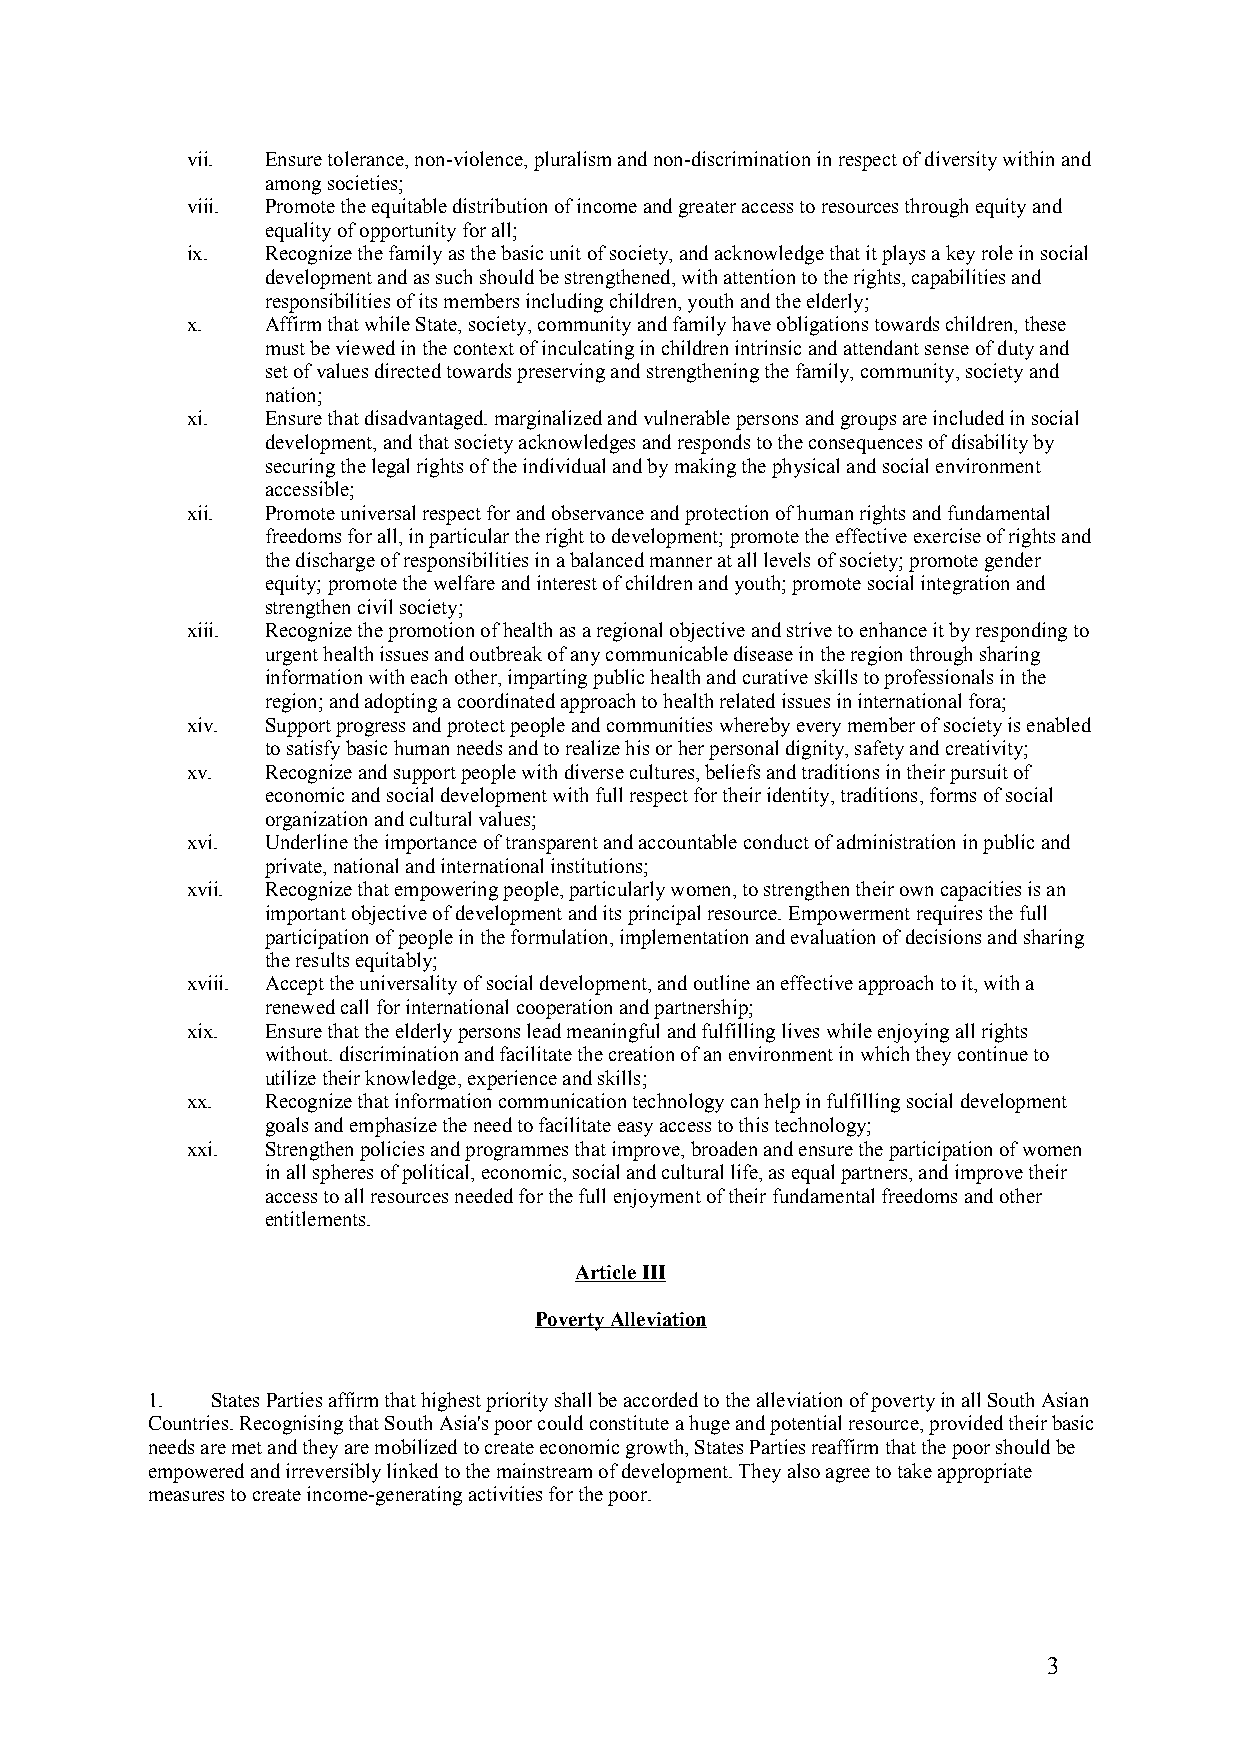
vii.  Ensure tolerance, non-violence, pluralism and non-discrimination in respect of diversity within and
 among societies;
 viii. Promote the equitable distribution of income and greater access to resources through equity and
 equality of opportunity for all;
 ix.   Recognize the family as the basic unit of society, and acknowledge that it plays a key role in social
 development and as such should be strengthened, with attention to the rights, capabilities and
 responsibilities of its members including children, youth and the elderly;
 x.    Affirm that while State, society, community and family have obligations towards children, these
 must be viewed in the context of inculcating in children intrinsic and attendant sense of duty and
 set of values directed towards preserving and strengthening the family, community, society and
 nation;
 xi.   Ensure that disadvantaged. marginalized and vulnerable persons and groups are included in social
 development, and that society acknowledges and responds to the consequences of disability by
 securing the legal rights of the individual and by making the physical and social environment
 accessible;
 xii.  Promote universal respect for and observance and protection of human rights and fundamental
 freedoms for all, in particular the right to development; promote the effective exercise of rights and
 the discharge of responsibilities in a balanced manner at all levels of society; promote gender
 equity; promote the welfare and interest of children and youth; promote social integration and
 strengthen civil society;
 xiii. Recognize the promotion of health as a regional objective and strive to enhance it by responding to
 urgent health issues and outbreak of any communicable disease in the region through sharing
 information with each other, imparting public health and curative skills to professionals in the
 region; and adopting a coordinated approach to health related issues in international fora;
 xiv.  Support progress and protect people and communities whereby every member of society is enabled
 to satisfy basic human needs and to realize his or her personal dignity, safety and creativity;
 xv.   Recognize and support people with diverse cultures, beliefs and traditions in their pursuit of
 economic and social development with full respect for their identity, traditions, forms of social
 organization and cultural values;
 xvi.  Underline the importance of transparent and accountable conduct of administration in public and
 private, national and international institutions;
 xvii. Recognize that empowering people, particularly women, to strengthen their own capacities is an
 important objective of development and its principal resource. Empowerment requires the full
 participation of people in the formulation, implementation and evaluation of decisions and sharing
 the results equitably;
 xviii. Accept the universality of social development, and outline an effective approach to it, with a
 renewed call for international cooperation and partnership;
 xix.  Ensure that the elderly persons lead meaningful and fulfilling lives while enjoying all rights
 without. discrimination and facilitate the creation of an environment in which they continue to
 utilize their knowledge, experience and skills;
 xx.   Recognize that information communication technology can help in fulfilling social development
 goals and emphasize the need to facilitate easy access to this technology;
 xxi.  Strengthen policies and programmes that improve, broaden and ensure the participation of women
 in all spheres of political, economic, social and cultural life, as equal partners, and improve their
 access to all resources needed for the full enjoyment of their fundamental freedoms and other
 entitlements.
 Article III
 Poverty Alleviation
 1.  States Parties affirm that highest priority shall be accorded to the alleviation of poverty in all South Asian
 Countries. Recognising that South Asia's poor could constitute a huge and potential resource, provided their basic
 needs are met and they are mobilized to create economic growth, States Parties reaffirm that the poor should be
 empowered and irreversibly linked to the mainstream of development. They also agree to take appropriate
 measures to create income-generating activities for the poor.
 3